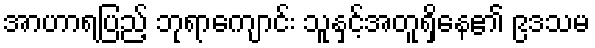
အာဟာရပြည့် ဘုရာကျောင်း သူနှင့်အတူရှိနေ၏ ၉ဒသမ